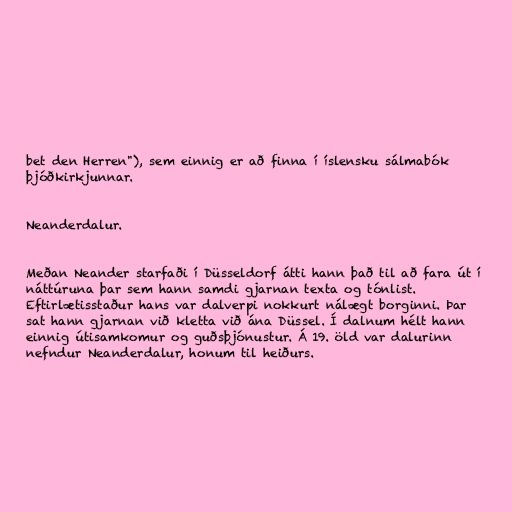
bet den Herren"), sem einnig er að finna í íslensku sálmabók
þjóðkirkjunnar.

Neanderdalur.

Meðan Neander starfaði í Düsseldorf átti hann það til að fara út í
náttúruna þar sem hann samdi gjarnan texta og tónlist.
Eftirlætisstaður hans var dalverpi nokkurt nálægt borginni. Þar
sat hann gjarnan við kletta við ána Düssel. Í dalnum hélt hann
einnig útisamkomur og guðsþjónustur. Á 19. öld var dalurinn
nefndur Neanderdalur, honum til heiðurs.